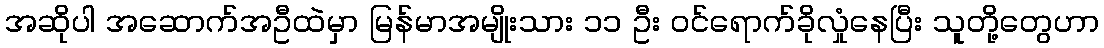
အဆိုပါ အဆောက်အဦထဲမှာ မြန်မာအမျိုးသား ၁၁ ဦး ဝင်ရောက်ခိုလှုံနေပြီး သူတို့တွေဟာ